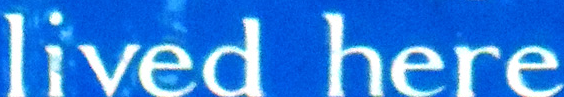
lived here